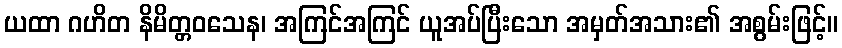
ယထာ ဂဟိတ နိမိတ္တဝသေန၊ အကြင်အကြင် ယူအပ်ပြီးသော အမှတ်အသား၏ အစွမ်းဖြင့်။